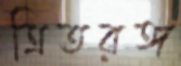
ত্রিতরঙ্গ